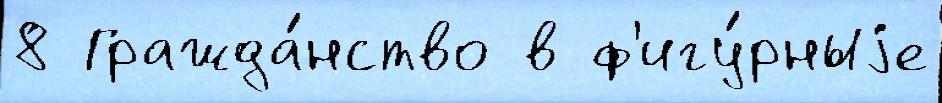
8 Гражда́нство в ф'игу́рныjе